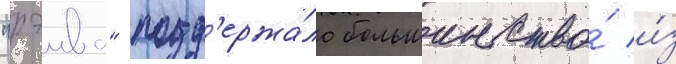
"рэива" подд'ержа́ло большинство́ и́з